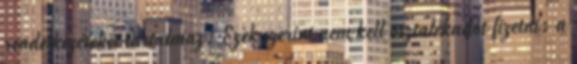
rendelkezéseket tartalmaz. Ezek szerint nem kell osztalékadót fizetni: a